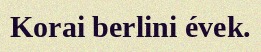
Korai berlini évek.